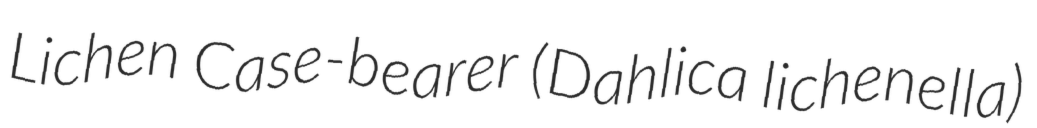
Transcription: Lichen Case-bearer (Dahlica lichenella)